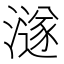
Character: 澻